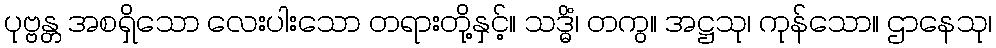
ပုဗ္ဗန္တ အစရှိသော လေးပါးသော တရားတို့နှင့်။ သဒ္ဓိံ၊ တကွ။ အဋ္ဌသု၊ ကုန်သော။ ဌာနေသု၊